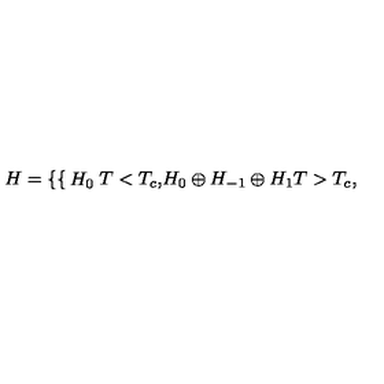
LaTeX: H = \left\{ \begin{cases} { H _ { 0 } } & { T < T _ { c } , } \\ { H _ { 0 } \oplus H _ { - 1 } \oplus H _ { 1 } } & { T > T _ { c } , } \\ \end{cases} \right.